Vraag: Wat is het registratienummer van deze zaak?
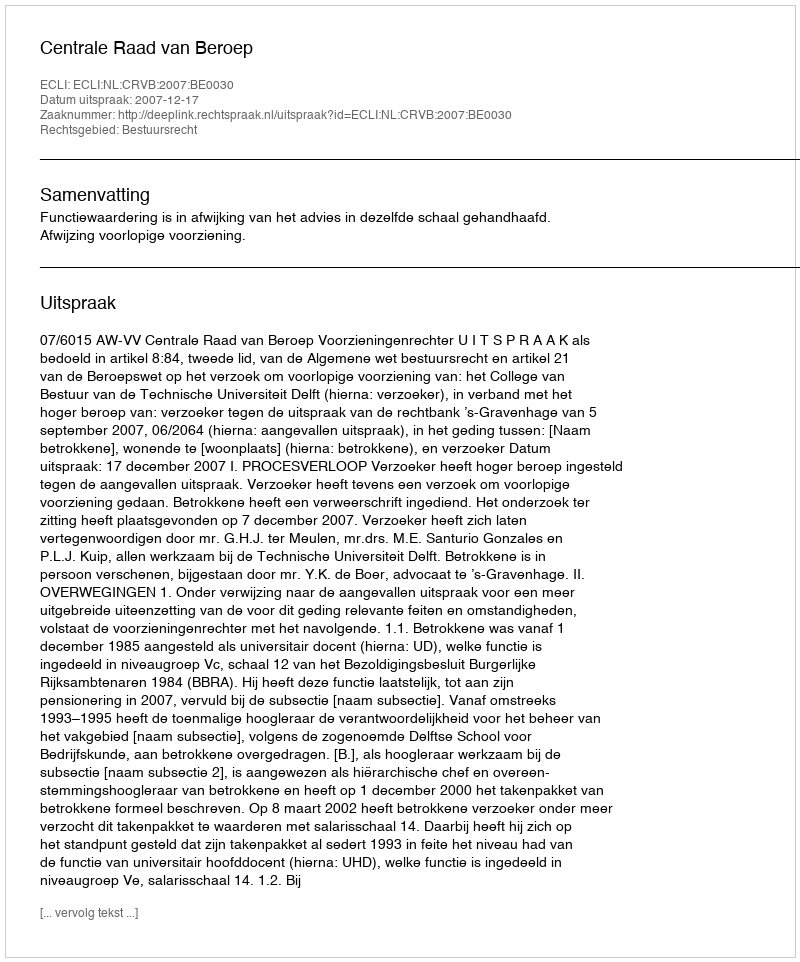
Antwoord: http://deeplink.rechtspraak.nl/uitspraak?id=ECLI:NL:CRVB:2007:BE0030